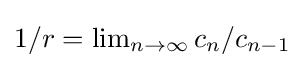
{\textstyle 1/r=\lim _{n\to \infty }{c_{n}/c_{n-1}}}